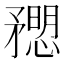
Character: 𥎒